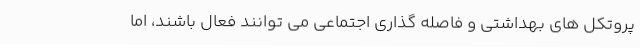
پروتکل های بهداشتی و فاصله گذاری اجتماعی می توانند فعال باشند، اما